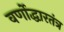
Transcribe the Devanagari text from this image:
वर्णोद्धारतंत्र